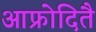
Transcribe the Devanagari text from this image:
आफ्रोदितै